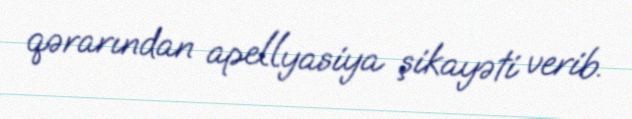
qərarından apellyasiya şikayəti verib.